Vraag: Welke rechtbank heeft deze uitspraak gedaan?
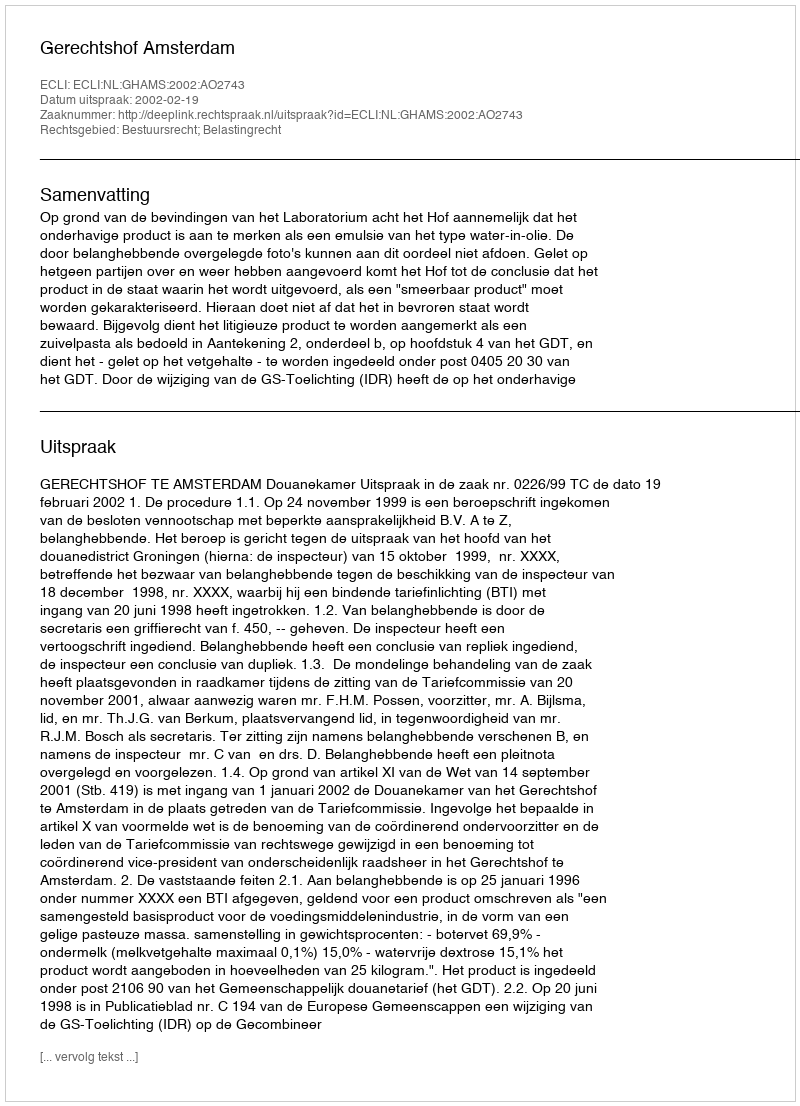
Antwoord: Gerechtshof Amsterdam